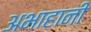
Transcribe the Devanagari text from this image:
अभाहानी